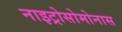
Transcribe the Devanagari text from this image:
नाइट्रोसोमोनास